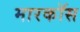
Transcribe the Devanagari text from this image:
मारकॉस